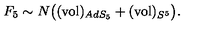
F _ { 5 } \sim N \big ( ( \mathrm { v o l } ) _ { A d S _ { 5 } } + ( \mathrm { v o l } ) _ { S ^ { 5 } } \big ) .